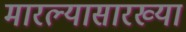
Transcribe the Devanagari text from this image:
मारल्यासारख्या